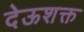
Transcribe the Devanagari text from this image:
देऊशक्त